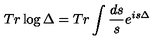
T r \log \Delta = T r \int \frac { d s } { s } e ^ { i s \Delta }